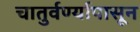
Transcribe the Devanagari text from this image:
चातुर्वर्ण्यापासून